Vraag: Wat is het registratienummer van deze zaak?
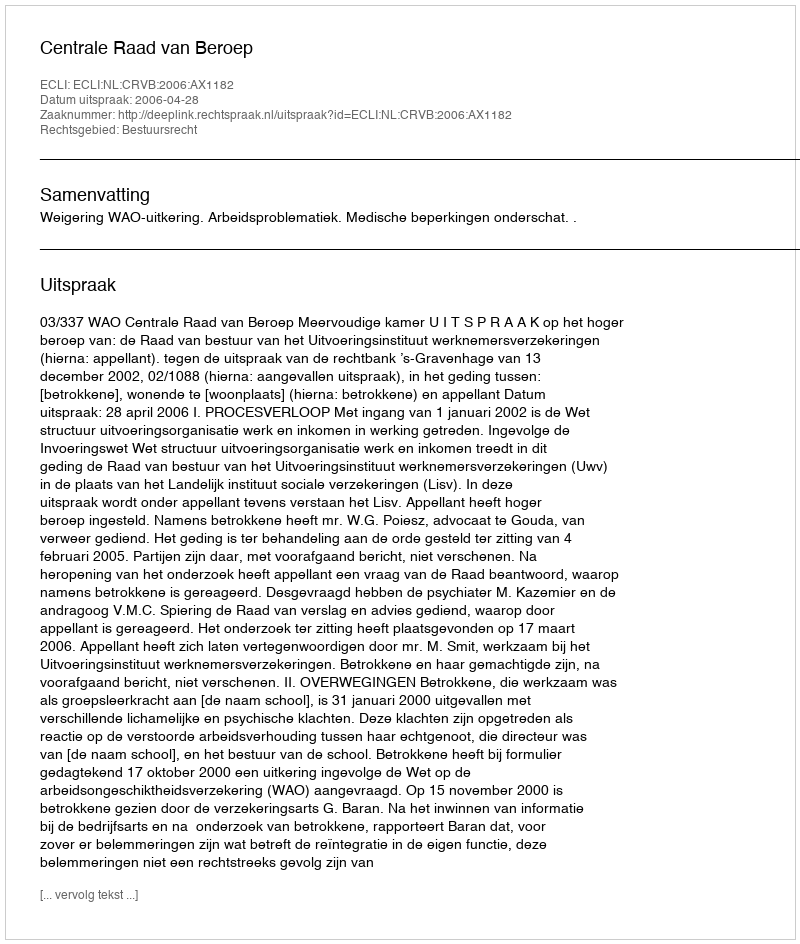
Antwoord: http://deeplink.rechtspraak.nl/uitspraak?id=ECLI:NL:CRVB:2006:AX1182